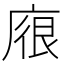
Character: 𢉟